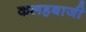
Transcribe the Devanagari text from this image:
कलहबाजी